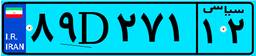
۵۱D۲۲۸۸۶